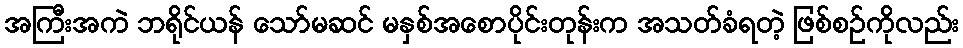
အကြီးအကဲ ဘရိုင်ယန် သော်မဆင် မနှစ်အစောပိုင်းတုန်းက အသတ်ခံရတဲ့ ဖြစ်စဉ်ကိုလည်း